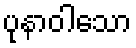
ပုနာဝါသော